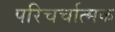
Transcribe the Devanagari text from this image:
परिचर्चात्मक